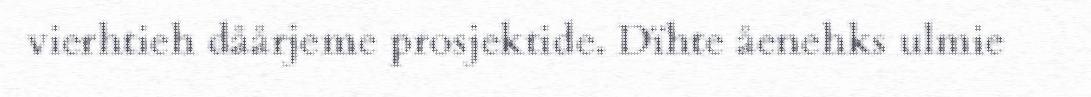
vierhtieh dåårjeme prosjektide. Dïhte åenehks ulmie